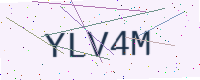
Text: YLV4M